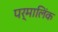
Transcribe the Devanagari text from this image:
पर्मालिंक